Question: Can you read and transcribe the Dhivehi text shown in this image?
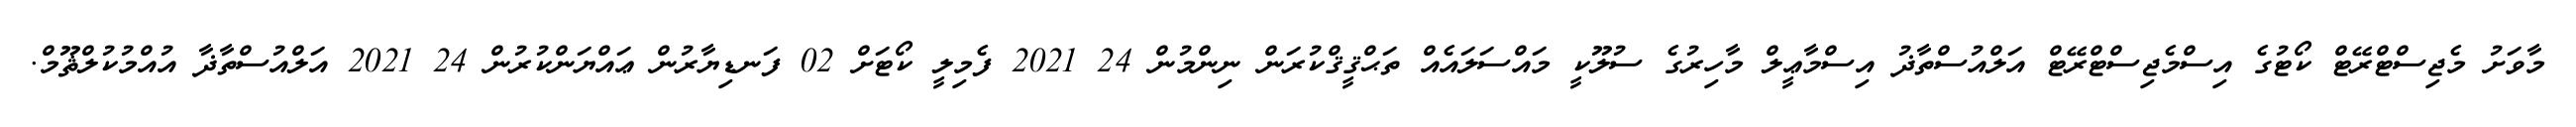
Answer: މާވަށު މެޖިސްޓްރޭޓް ކޯޓުގެ އިސްމެޖިސްޓްރޭޓް އަލްއުސްތާޛު އިސްމާޢީލް މާހިރުގެ ސުލޫކީ މައްސަލައެއް ތަޙްޤީޤްކުރަން ނިންމުން 24 2021 ފެމިލީ ކޯޓަށް 02 ފަނޑިޔާރުން ޢައްޔަންކުރުން 24 2021 އަލްއުސްތާޛާ އުއްމުކުލްޘޫމް.